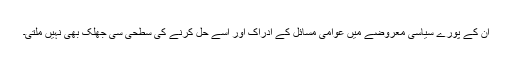
اُن کے پورے سیاسی معروضے میں عوامی مسائل کے ادراک اور اُسے حل کرنے کی سطحی سی جھلک بھی نہیں ملتی۔